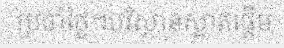
ប្រចាំថ្ងៃ។បរិស្ថានស្អាតផ្តើម